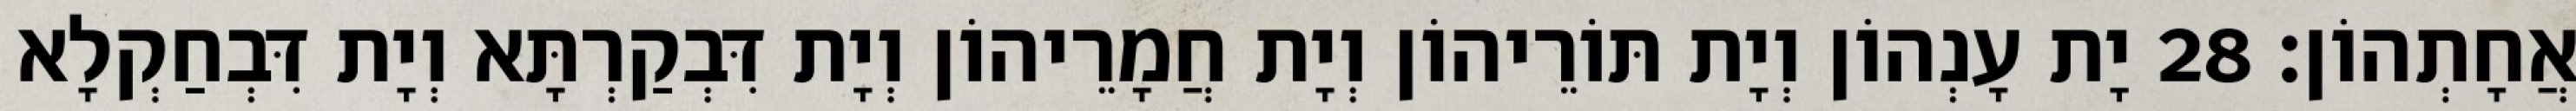
אֲחָתְהוֹן׃ 28 יָת עָנְהוֹן וְיָת תּוֹרֵיהוֹן וְיָת חֲמָרֵיהוֹן וְיָת דִּבְקַרְתָּא וְיָת דִּבְחַקְלָא